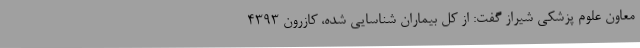
معاون علوم پزشکی شیراز گفت: از کل بیماران شناسایی شده، کازرون 4393